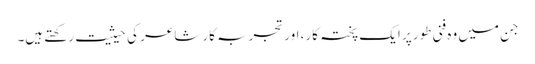
جن میں وہ فنی طور پر ایک پختہ کار، اور تجربہ کار شاعر کی حیثیت رکھتے ہیں۔